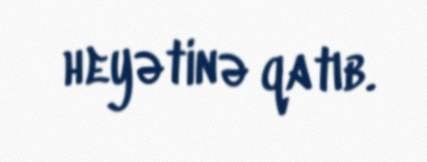
heyətinə qatıb.